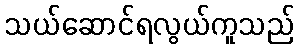
သယ်ဆောင်ရလွယ်ကူသည်